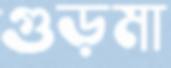
গুড়মা